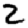
Digit: 2